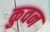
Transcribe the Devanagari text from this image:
कुवन